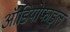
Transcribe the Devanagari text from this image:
ऑडियोफाइल